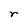
Character: r